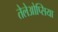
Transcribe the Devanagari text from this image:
तेलेओप्सिया